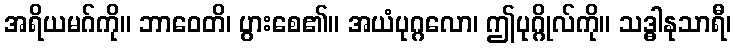
အရိယမဂ်ကို။ ဘာဝေတိ၊ ပွားစေ၏။ အယံပုဂ္ဂလော၊ ဤပုဂ္ဂိုလ်ကို။ သဒ္ဓါနုသာရီ၊